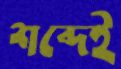
শব্দেই